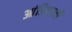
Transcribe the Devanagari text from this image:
आंडियाली